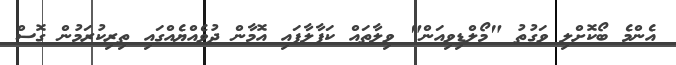
އެންމެ ބޯކޮށްލި ވަގުތު "މޯލްޑިވިއަން" ވިލާތައް ކަފާލާފައި އޮމާން ދުވެއްޔެއްގައި ތިރިކުރަމުން ގޮސް